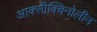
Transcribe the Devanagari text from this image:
आक्सीक्विनोलीन